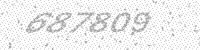
Solution: 687809